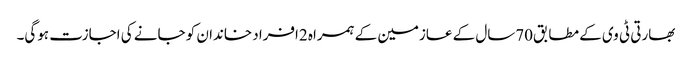
بھارتی ٹی وی کے مطابق70سال کے عازمین کے ہمراہ 2افراد خاندان کو جانے کی اجازت ہوگی۔